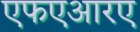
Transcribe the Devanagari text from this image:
एफएआरए